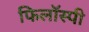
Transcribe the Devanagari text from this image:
फिलॉस्पी